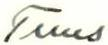
Tuus